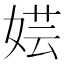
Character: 𫰼